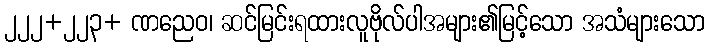
၂၂၂+၂၂၃+ ဏညေဝ၊ ဆင်မြင်းရထားလူဗိုလ်ပါအများ၏မြင့်သော အသံများသော